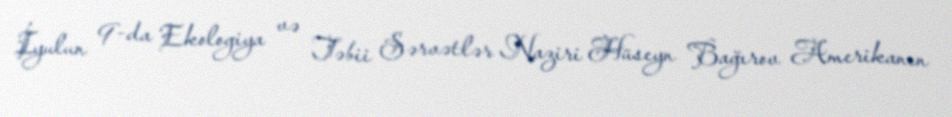
İyulun 9-da Ekologiya və Təbii Sərvətlər Naziri Hüseyn Bağırov Amerikanın